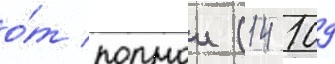
о́т полнои (14 109